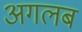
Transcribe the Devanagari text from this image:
अगलब